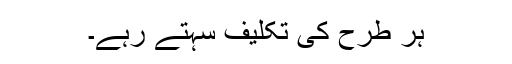
ہر طرح کی تکلیف سہتے رہے۔